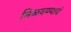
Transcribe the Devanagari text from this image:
मिळवण्याचं